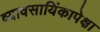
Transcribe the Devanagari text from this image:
व्यावसायिंकापेक्षा